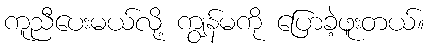
ကူညီပေးမယ်လို့ ကျွန်မကို ပြောခဲ့ဖူးတယ်။